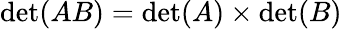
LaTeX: \operatorname*{det}(AB)=\operatorname*{det}(A)\times\operatorname*{det}(B)